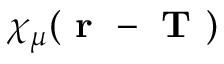
\chi _ { \mu } ( \textbf { r } - \textbf { T } )